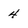
Character: 4